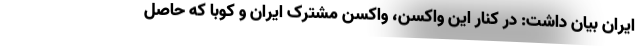
ایران بیان داشت: در کنار این واکسن، واکسن مشترک ایران و کوبا که حاصل